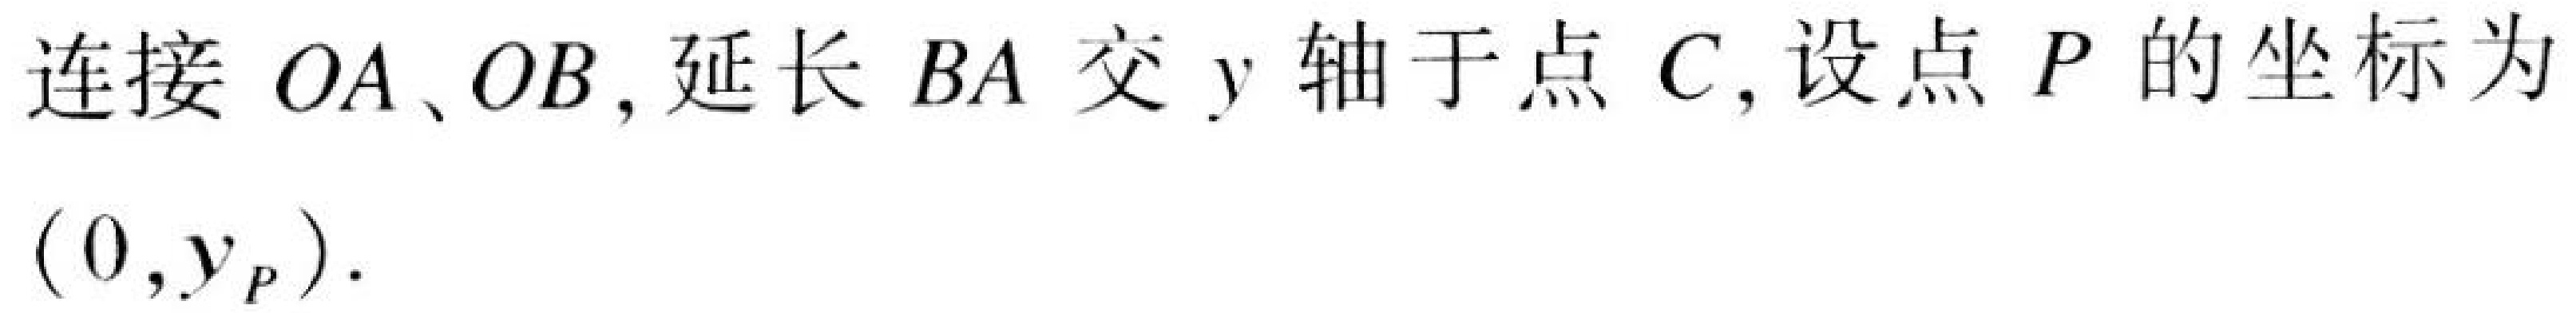
连接 \(OA、OB\) , 延长 \(BA\) 交 \(y\) 轴于点 \(C\) , 设点 \(P\) 的坐标为 \((0,y_{P})\).